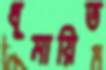
ধূমায়িত